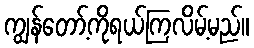
ကျွန်တော့်ကိုရယ်ကြလိမ့်မည်။